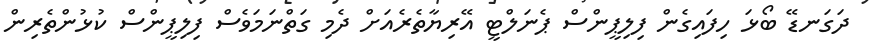
ދަގަނޑޭ ބޯޅަ ހިފައިގެން ފިލިޕީންސް ޕެނަލްޓީ އޭރިޔާތެރެއަށް ދެމި ގަތްނަމަވެސް ފިލިޕީންސް ކުޅުންތެރިން